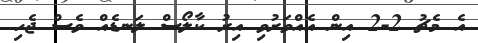
އެ މެޗު 2-2 އިން އެއްވަރުވި އިރު ކާލޯސް ލަނޑެއް ވެސް ޖެހި